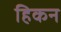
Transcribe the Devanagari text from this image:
हिकन